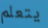
يتعلم